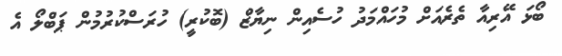
ބޯޅަ އޭރިއާ ތެރެއަށް މުހައްމަދު ހުސެއިން ނިޔާޒް (ބޮކުރީ) ހުރަސްކުރުމުން ޕަބްލޯ އެ